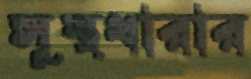
সুস্থধারার